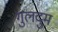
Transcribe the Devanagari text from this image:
गुलदुम